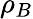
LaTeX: \rho_{B}